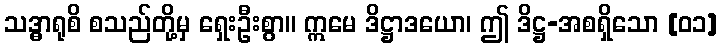
သဒ္ဓာရုစိ စသည်တို့မှ ရှေးဦးစွာ။ ဣမေ ဒိဋ္ဌာဒယော၊ ဤ ဒိဋ္ဌ-အစရှိသော [၀၁]